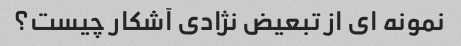
نمونه ای از تبعیض نژادی آشکار چیست؟